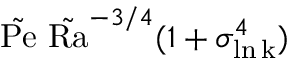
\tilde { \mathrm { P e } } \ \tilde { \mathrm { R a } } ^ { - 3 / 4 } ( 1 + \sigma _ { \mathrm { \ln k } } ^ { 4 } )